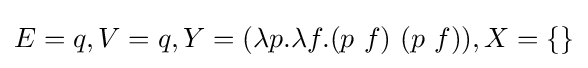
E=q,V=q,Y=(\lambda p.\lambda f.(p\ f)\ (p\ f)),X=\{\}